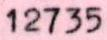
12735